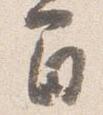
間